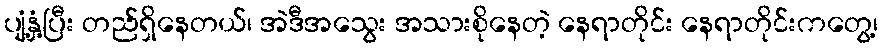
ပျံ့နှံ့ပြီး တည်ရှိနေတယ်၊ အဲဒီအသွေး အသားစိုနေတဲ့ နေရာတိုင်း နေရာတိုင်းကတွေ့၊